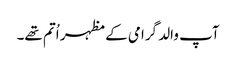
آپ والد گرامی کے مظہر اُتم تھے۔